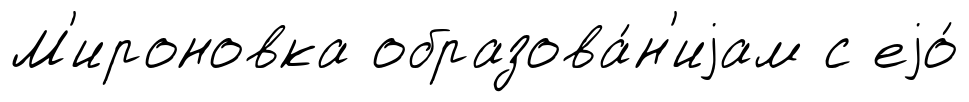
М'ироновка образова́н'иjам с еjо́